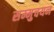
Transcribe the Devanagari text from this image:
सम्मुचयन